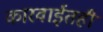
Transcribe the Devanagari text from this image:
कारवाईतही